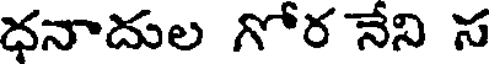
ధనాదుల గోర నేని స